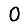
Digit: 0